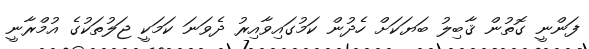
ފަންނީ ގޮތުން ޤާބިލު ބަޔަކަށް ހެދުން ކަމުގައިވާއިރު ދެވަނަ ކަމަކީ ޖަލުތަކުގެ އުމްރާނީ